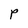
Character: p